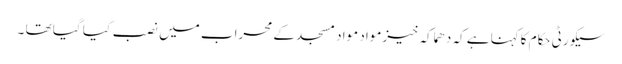
سیکورٹی حکام کاکہنا ہے کہ دھماکہ خیزمواد مواد مسجد کے محراب میں نصب کیا گیا تھا ۔